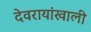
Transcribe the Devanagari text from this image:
देवरायांखाली